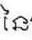
នៃ